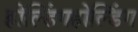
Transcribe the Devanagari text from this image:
होल्डिंगहोल्डिंग